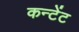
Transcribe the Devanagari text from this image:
कन्टेंट